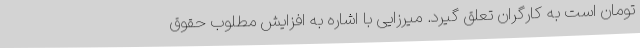
تومان است به کارگران تعلق گیرد. میرزایی با اشاره به افزایش مطلوب حقوق